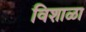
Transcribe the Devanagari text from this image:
विशाळा